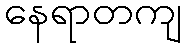
နေရာတကျ